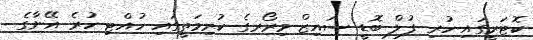
ކޮޓަރީގައި ހުރި ފުލް ބޮޑީ ސައިޒް މިރޯރގެ ކުރިމަތީގައި ހުއްޓި ހުރެ އޭނާގެ